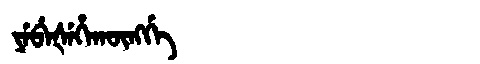
Manchu: ᠶᡝᠪᡝᡧᡝᡥᠠᡴᡡᠩᡤᡝ
Romanization: YEBEŠEHAKŪNGGE